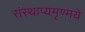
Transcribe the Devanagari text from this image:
संस्थाप्यमृण्मये